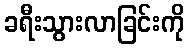
ခရီးသွားလာခြင်းကို